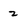
Character: 2